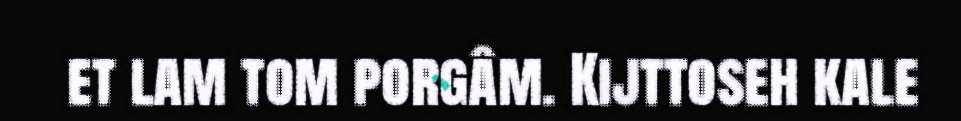
et lam tom porgâm. Kijttoseh kale